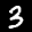
Label: 3